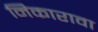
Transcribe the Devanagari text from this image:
निकारावा